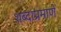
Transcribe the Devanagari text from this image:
शब्दाप्रमाणे